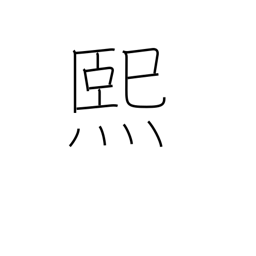
Meaning: sunny